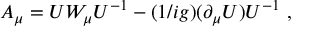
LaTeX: A _ { \mu } = U W _ { \mu } U ^ { - 1 } - ( 1 / i g ) ( \partial _ { \mu } U ) U ^ { - 1 } ~ ,